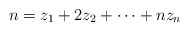
\begin{align*}n=z_1+2z_2+\cdots+nz_n\end{align*}